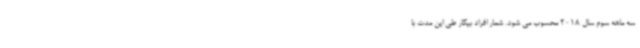
سه ماهه سوم سال 2018 محسوب می شود. شمار افراد بیکار طی این مدت با